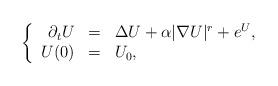
LaTeX: \begin{align*}\left\{\begin{array}{rcl}\partial_t U &=& \Delta U + \alpha |\nabla U|^r + e^U,\\U(0) &=& U_0,\end{array}\right.\end{align*}